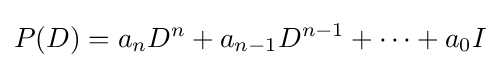
P(D)=a_{n}D^{n}+a_{n-1}D^{n-1}+\cdots +a_{0}I